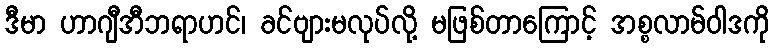
ဒီမာ ဟာဂျီအီဘရာဟင်၊ ခင်ဗျားမလုပ်လို့ မဖြစ်တာကြောင့် အစ္စလာမ်ဝါဒကို